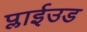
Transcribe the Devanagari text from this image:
प्लाईउड